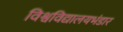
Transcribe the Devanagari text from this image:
विश्वविद्यालयभंडार